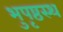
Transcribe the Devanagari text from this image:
भुपृष्ठस्थ